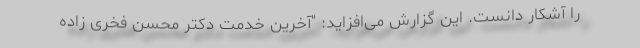
را آشکار دانست. این گزارش می‌افزاید: "آخرین خدمت دکتر محسن فخری زاده